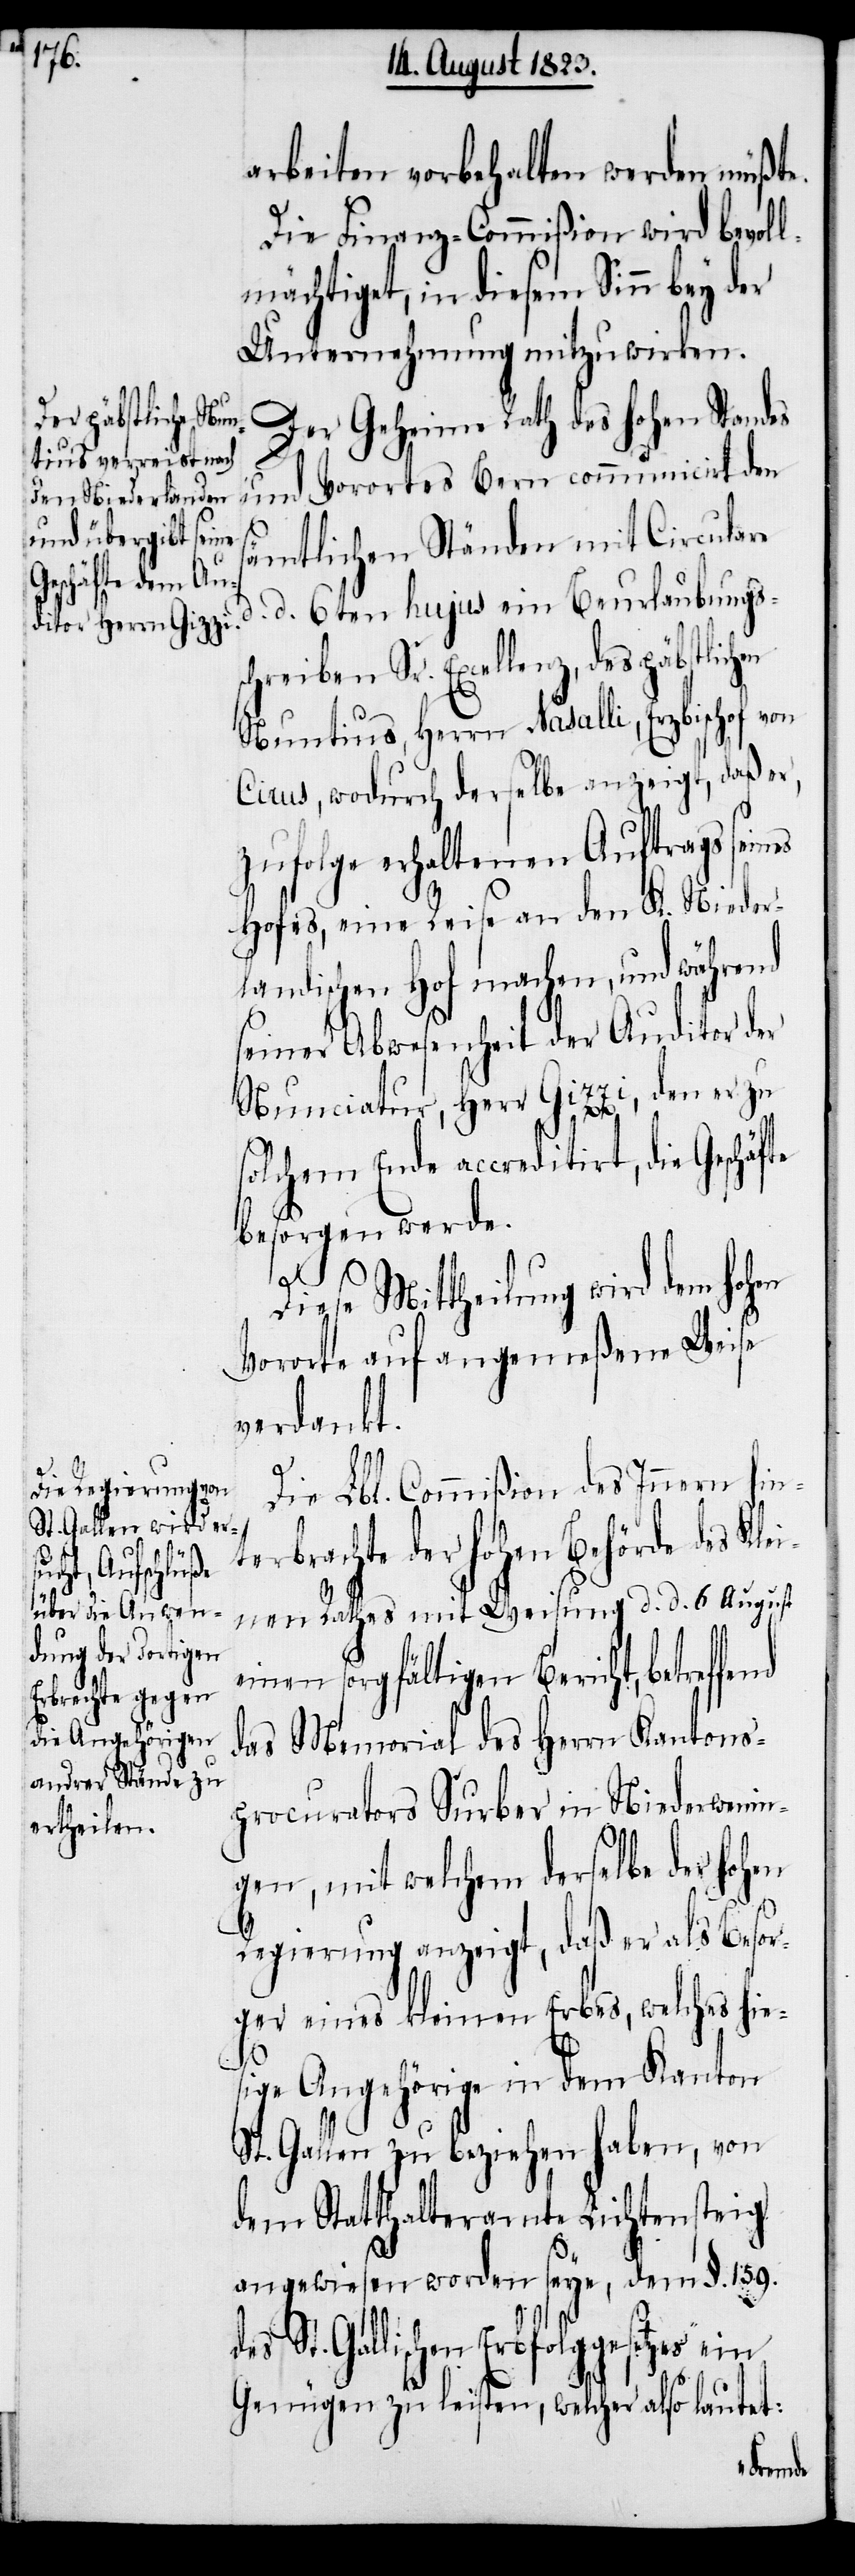
arbeiten vorbehalten werden müßte.
Die Finanz-Commißion wird bevoll¬
mächtiget, in diesem Sinn bey
Unternehmung mitzuwirken.
Der Geheime Rath des hohen Standes
und Vorortes Bern communicirt den
sämtlichen Ständen mit Circulare
d. 6ten hujus ein Beurlaubungss¬
chreiben Sr. Excellenz, des päbstlich¬
Nuntius, Herrn Nasalli, Erzbischof von
Cirus, wodurch derselbe anzeigt, daß er,
zufolge erhaltenen Auftrags seines
Hofes, eine Reise an den K. Nieder¬
landischen Hof machen, und während
seiner Abwesenheit der Auditor der
zzi, den er zu
Nunciatur, Herr Gi¬
solchem Ende accreditirt, die Geschäfte
besorgen werde.
Diese Mittheilung wird dem hohen
Vororte auf angemeßene Weise
verdankt.
Die Lbl. Commißion des Innern hin¬
terbrachte der hohen Behörde des Klei¬
nen Rathes mit Weisung d. d. 6. August
einen sorgfältigen Bericht, betref¬
das Memorial des Herrn Kantons¬
procurators Surber in Niederwenin¬
gen, mit welchem derselbe der hohen
Regierung anzeigt, daß er als Besor¬
ger eines kleinen Erbes, welches hie¬
sige Angehörige in dem Kanton
St. Gallen zu beziehen haben, von
dem Statthalteramte Lichtensteig
angewiesen worden seye, dem §. 159.
des St. Gallischen Erbfolggesetzes ein
Genügen zu leisten, welcher also lautet:
fend